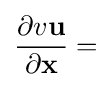
{\frac {\partial v\mathbf {u} }{\partial \mathbf {x} }}=